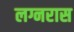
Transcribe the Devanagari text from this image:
लग्नरास